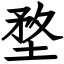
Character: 堥